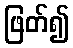
ဖြတ်၍